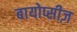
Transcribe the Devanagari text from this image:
बायोप्सीज़